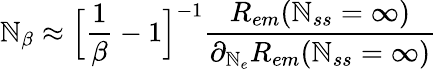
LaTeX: \mathbb{N}_{\beta}\approx\Big[\frac{{1}}{{\beta}}-1\Big]^{-1}\frac{{R_{em}(\mathbb{N}_{ss}=\infty)}}{{\partial_{\mathbb{N}_{e}}R_{em}(\mathbb{N}_{ss}=\infty)}}